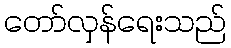
တော်လှန်ရေးသည်